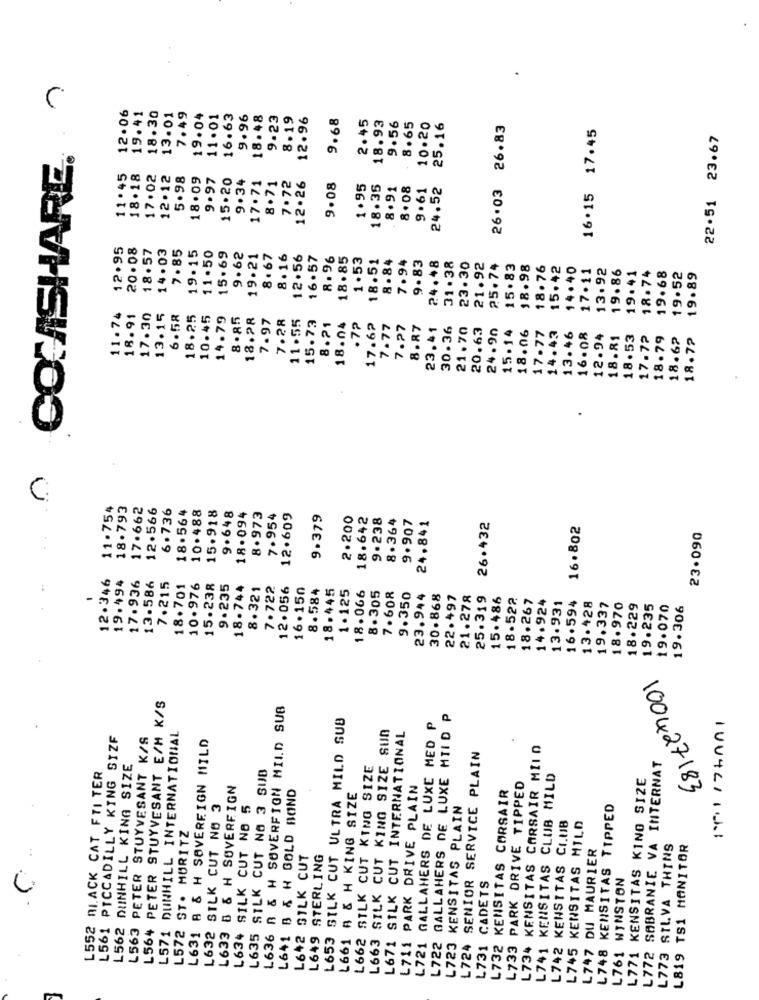
12.06
19.41
18.30
13.01
7.49
19.04
11.01
16.63
9.96
18.48
9-23
8.19
12.96
9.68
2.45
18.93
9.56
8.65
10.20
25.16
26.03 26.83
16.15 17.45
22.51 23.67
COM/SHARE.
11.45
18.18
17.02
12.12
5.98
18.09
9.97
15.20
9. 34
17.71
8.71
7.72
12.26
9.08
1.95
18.35
8.91
8.08
9.61
24.52
12.95
20.08
14.03
18.57
7.85
19.15
11.50
15.69
9.62
19.21
8.67
8.16
12.56
16.57
8. 96
18.85
1.53
18.51
8.84
7.94
9.83
24.+8
25.74
31.38
23.30
21.92
15.83
18.98
18.76
15.42
14.40
17.11
13.92
19.86
19.41
18.74
19.68
19.52
19.89
11.74
18.91
17.30
13.15
6.58
18.25
10.45
14.79
8 .85
18.28
7.97
7.28
11.55
15.73
8.21
18.04
.7?
17.62
7.77
7.27
8.87
23.41
30.36
21.70
20.63
24.90
15.14
18.06
14.43
17.77
13.46
16.08
12.94
18.81
18.53
17.7?
18.79
18.62
18.7?
C
11.754
18.793
17.662
12.566
6.736
10.488
15.918
18.564
9.648
18.094
8.973
7.954
12.609
9.379
2.200
18.642
9.238
8.364
9.907
24.841
26.432
16.802
23.090
12.346
19.494
17.936
13.586
7.215
18.701
10.976
15.238
9.235
18.744
8.321
7.722
12.056
16.150
8.584
18.445
1.125
18.066
8.305
7.608
9.350
23.944
30.868
22.497
21.278
25.319
15.486
18.522
18.267
14.924
13.931
16.594
13.428
19.337
18.970
18.229
19.235
19.070
19.306
L564 PETER STUYVESANT E/M K/S
L636 B & H SOVERFION MILD SUB
L653 SILK CUT ULTRA MILD SUB
L721 GALLAHERS DE LUXE MED P
L663 SILK CUT KING SIZE SUN
L722 GALLAHERS DE LUXE MIID
101 174001
L561 PICCADILLY KING SIZF
L563 PETER STUYVESANT K/S
L571 DUNHILL INTERNATIONAL
L631 B & H SOVEREIGN MILD
L671 SILK CUT INTERNATIONAL
KENSITAS CARSAIR MILD
SENIOR SERVICE PLAIN
L562 DUNHILL KING SIZE
L635 SILK CUT NO 3 SUB
L662 SILK CUT KING SIZE
L772 SABRANIE VA INTERNAT
L552 DI.ACK CAT FTI TER
L741 KENSITAS CLUB MILD
L771 KENSITAS KING SIZE
L633 B & H SOVEREIGN
L641 B & H GOLD BOND
L711 PARK DRIVE PLAIN
L732 KENSITAS CORSAIR
L733 PARK DRIVE TIPPED
L661 Å & H KING SIZE
100427183
L632 SILK CUT NO 3
L634 SILK CUT NO 5
L723 KENSITAS PLAIN
L748 KENSITAS TIPPED
L572 ST. MORITZ
L742 KENSTTAS CLUB
L745 KENSITAS MILD
L773 SILVA THINS
L819 TS1 MONITOR
L642 SILK CUT
L649 STERLING
L747 DU MAURIER
L731 CADETS
L761 WINSTON
L724
L734